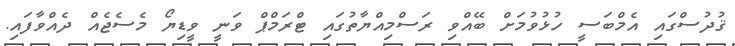
ޤުދުސްގައި އެމްބަސީ ހުޅުވުމަށް ބޭއްވި ރަސްމިއްޔާތުގައި ޓްރަމްޕް ވަނީ ވީޑިޔޯ މެސެޖެއް ދެއްވާފައި.